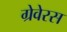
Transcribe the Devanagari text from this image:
ग्रेवेरस